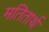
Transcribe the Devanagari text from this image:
मतितार्थ